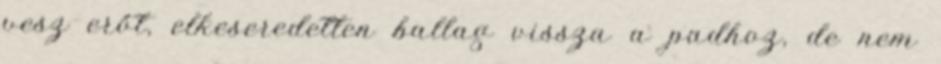
vesz erőt, elkeseredetten ballag vissza a padhoz, de nem